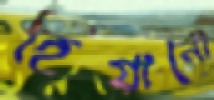
হিয়ানো